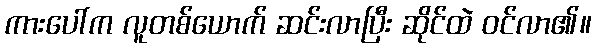
ကားပေါ်က လူတစ်ယောက် ဆင်းလာပြီး ဆိုင်ထဲ ဝင်လာ၏။